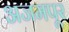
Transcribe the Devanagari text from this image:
अजमपूर